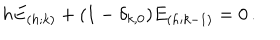
LaTeX: h E _ { ( h ; k ) } + ( 1 - \delta _ { k , 0 } ) E _ { ( h ; k - 1 ) } = 0 \, .